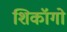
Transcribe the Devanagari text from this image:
शिकॉगो